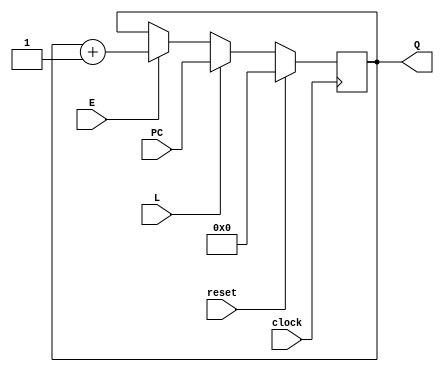
module program_counter 
#(parameter n = 9)
(
	clock,
	reset,
	E,
	L, 
	PC,
	Q
);
	
	input clock; 
	input reset;
	input E; 
	input L;
	input [n-1:0] PC;
	output reg [n-1:0] Q;
	
	always @ (posedge clock)
		if (reset)
			Q <= 9'h0;
		else if (L)
			Q <= PC;
		else if (E)
			Q <= Q + 9'h1;
	
	
// ****old code ****	//
//	reg [n-1:0] q;
//	reg [n-1:0] C;
//	always @ (posedge clock, posedge reset)
//		if (reset)
//			q <= 0;
//		else
//			if(E)
//				q <= C;
//			else if (L)
//				q <= PC;
//	
//	always @ (posedge clock, posedge reset)
//		if (reset)
//			C <= 0;
//		else if (E)
//			C <= C + 9'b1;
//		else if (L)
//			C <= PC;
//			
//	assign Q = q;
endmodule